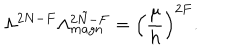
LaTeX: \Lambda ^ { 2 N - F } \Lambda _ { m a g n } ^ { 2 \tilde { N } - F } = \left( \frac { \mu } { h } \right) ^ { 2 F } .